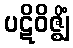
ပဋိဝိဇ္ဈိံ